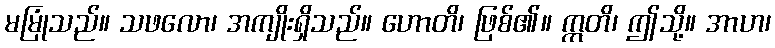
မမြုံသည်။ သဖလော၊ အကျိုးရှိသည်။ ဟောတိ၊ ဖြစ်၏။ ဣတိ၊ ဤသို့။ အာဟ၊